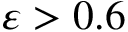
\varepsilon > 0 . 6